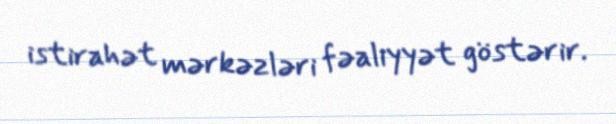
istirahət mərkəzləri fəaliyyət göstərir.